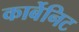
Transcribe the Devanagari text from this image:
कार्बेनिट